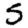
Digit: 5